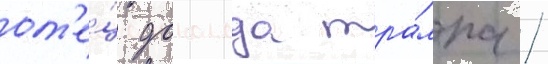
от'е́ц дональда тра́мпа /